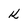
Character: k